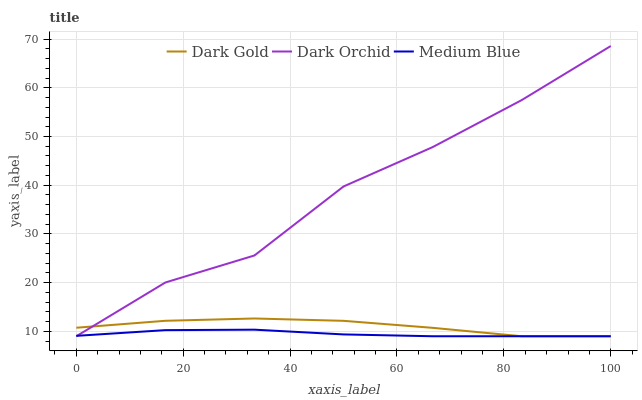
| xaxis_label | Dark Gold | Dark Orchid | Medium Blue |
 | --- | --- | --- | --- |
 | 0 | 10.7 | 9 | 9.08 |
 | 16.7 | 12.2 | 20 | 10.3 |
 | 33.3 | 12.6 | 25.6 | 10.4 |
 | 50 | 12.2 | 39.7 | 9.37 |
 | 66.7 | 10.7 | 47.8 | 9 |
 | 83.3 | 9 | 57.5 | 9 |
 | 100 | 9 | 68.6 | 9 |